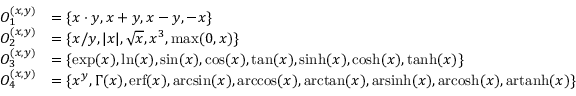
\begin{array} { r l } { O _ { 1 } ^ { ( x , y ) } } & { = \{ x \cdot y , x + y , x - y , - x \} } \\ { O _ { 2 } ^ { ( x , y ) } } & { = \{ x / y , \vert x \vert , \sqrt { x } , x ^ { 3 } , \operatorname* { m a x } ( 0 , x ) \} } \\ { O _ { 3 } ^ { ( x , y ) } } & { = \{ \exp ( x ) , \ln ( x ) , \sin ( x ) , \cos ( x ) , \tan ( x ) , \sinh ( x ) , \cosh ( x ) , \operatorname { t a n h } ( x ) \} } \\ { O _ { 4 } ^ { ( x , y ) } } & { = \{ x ^ { y } , \Gamma ( x ) , \mathrm { e r f } ( x ) , \arcsin ( x ) , \operatorname { a r c c o s } ( x ) , \arctan ( x ) , \mathrm { a r s i n h } ( x ) , \mathrm { a r c o s h } ( x ) , \mathrm { a r t a n h } ( x ) \} } \end{array}